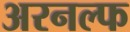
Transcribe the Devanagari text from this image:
अरनल्फ